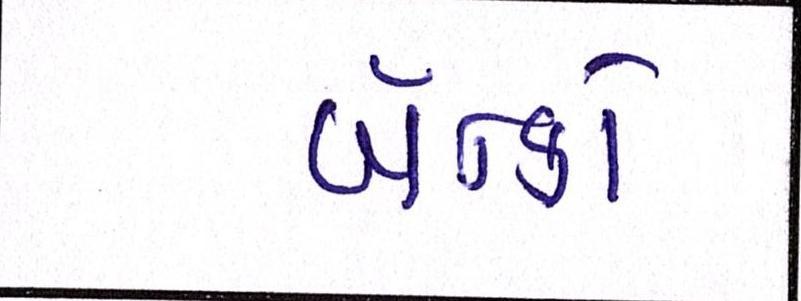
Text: બેન્કો